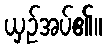
ယှဉ်အပ်၏။